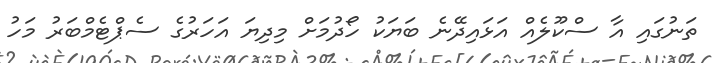
ތަނުގައި އާ ސްކޫލެއް އަޅައިދޭނެ ބަޔަކު ހޯދުމަށް މިދިޔަ އަހަރުގެ ސެޕްޓެމްބަރު މަހު